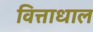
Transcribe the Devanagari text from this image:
वित्ताधाल